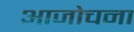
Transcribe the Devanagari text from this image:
आजोचना